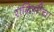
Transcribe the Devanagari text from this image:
रागिणीचा